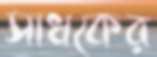
সাধকের